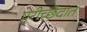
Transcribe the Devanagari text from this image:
परीच्छेदात